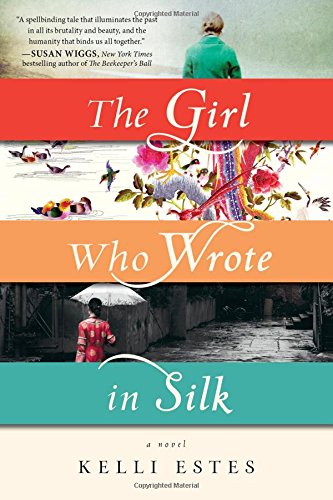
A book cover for The Girl Who Wrote in Silk; Kelli Estes; Literature & Fiction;